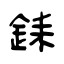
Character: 銇